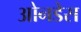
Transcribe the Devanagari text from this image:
ओनडेस